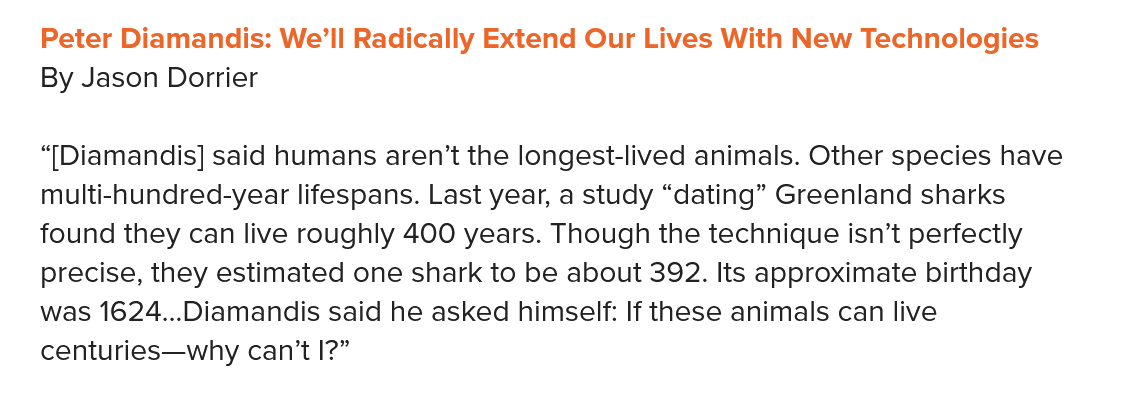
By Jason Dorrier
   “[Diamandis] said humans aren’t the longest-lived animals. Other species have
   multi-hundred-year lifespans. Last year, a study “dating” Greenland sharks
   found they can live roughly 400 years. Though the technique isn’t perfectly
   precise, they estimated one shark to be about 392. Its approximate birthday
   was 1624...Diamandis said he asked himself: If these animals can live
   centuries—why can’t |?”
   Peter Diamandis: We’Il Radically Extend Our Lives With New Technologies